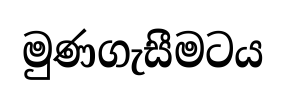
මුණගැසීමටය